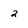
Character: 2